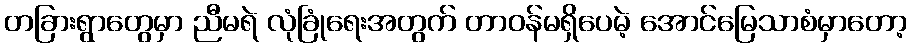
တခြားရွာတွေမှာ ညီမရဲ လုံခြုံရေးအတွက် တာဝန်မရှိပေမဲ့ အောင်မြေသာစံမှာတော့